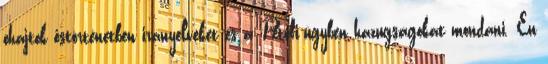
óhajtok őstörténetben irányelveket és a Petőfi-ügyben hazugságokat mondani. Én